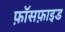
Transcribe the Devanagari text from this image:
फ़ॉसफ़ाइड